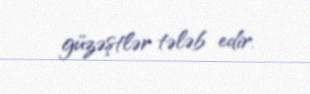
güzəştlər tələb edir.